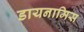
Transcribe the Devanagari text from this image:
डायनामिस